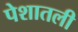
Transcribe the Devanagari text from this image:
पेशातली